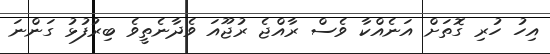
އިހު ހުރި ގޮތަށް އަނެއްކާ ވެސް ރާއްޖެ ރުޖޫއަ ވެދާނެތީވެ ބިރުފުޅު ގަންނަ